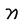
Character: n